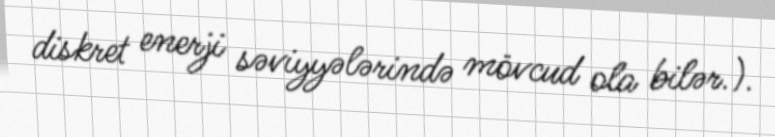
diskret enerji səviyyələrində mövcud ola bilər.).